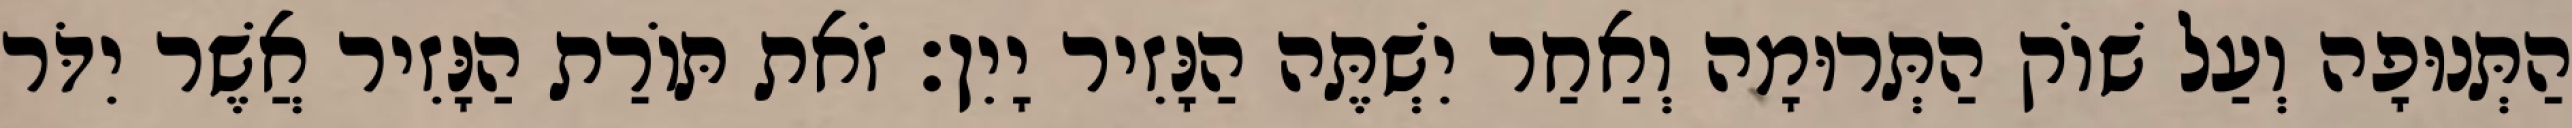
הַתְּנוּפָה וְעַל שׁוֹק הַתְּרוּמָה וְאַחַר יִשְׁתֶּה הַנָּזִיר יָיִן׃ זֹאת תּוֹרַת הַנָּזִיר אֲשֶׁר יִדֹּר